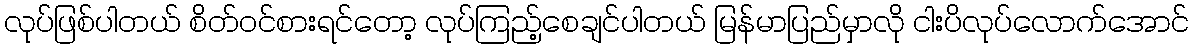
လုပ်ဖြစ်ပါတယ် စိတ်ဝင်စားရင်တော့ လုပ်ကြည့်စေချင်ပါတယ် မြန်မာပြည်မှာလို ငါးပိလုပ်လောက်အောင်